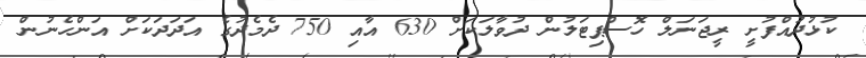
ކުޅުދުއްފުށީ ރީޖަނަލް ހޮސްޕިޓަލުން ދުވާލަކަށް 630 އާއި 750 ދެމެދުގެ އަދަދަކަށް އަންހެނުން